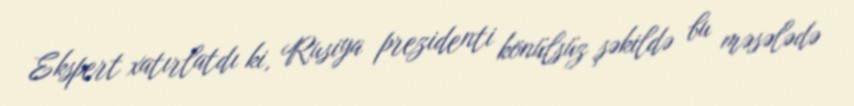
Ekspert xatırlatdı ki, Rusiya prezidenti könülsüz şəkildə bu məsələdə